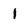
Character: 1